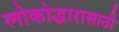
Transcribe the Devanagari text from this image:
लोकोद्धारासाठी